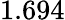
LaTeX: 1.694